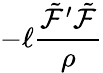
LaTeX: -\ell\frac{{\tilde{\cal F}^{\prime}}{{\tilde{\cal F}}}}{\rho}